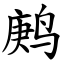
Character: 鹒